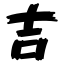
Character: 吉